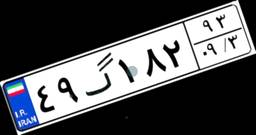
۴۹گ۱۸۲۹۳